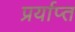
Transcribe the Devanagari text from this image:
प्रर्याप्‍त